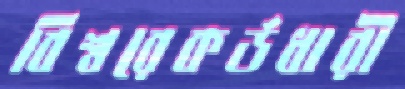
বিশ্বরেকর্ডধারী